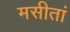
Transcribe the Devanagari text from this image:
मसीतां